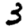
Digit: 3